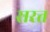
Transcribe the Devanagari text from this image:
सरत